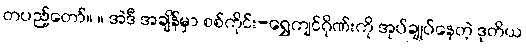
တပည့်တော်။ ။ အဲဒီ အချိန်မှာ စစ်ကိုင်း-ရွှေကျင်ဂိုဏ်းကို အုပ်ချုပ်နေတဲ့ ဒုတိယ